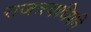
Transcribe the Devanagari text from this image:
राजत्रयाधिपति